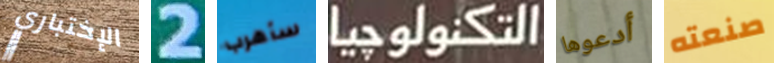
الإختباري 2 سأهرب التكنولوجيا أدعوها صنعته